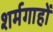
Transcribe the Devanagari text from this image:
शर्मगाहों